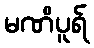
မဏိပူရ်